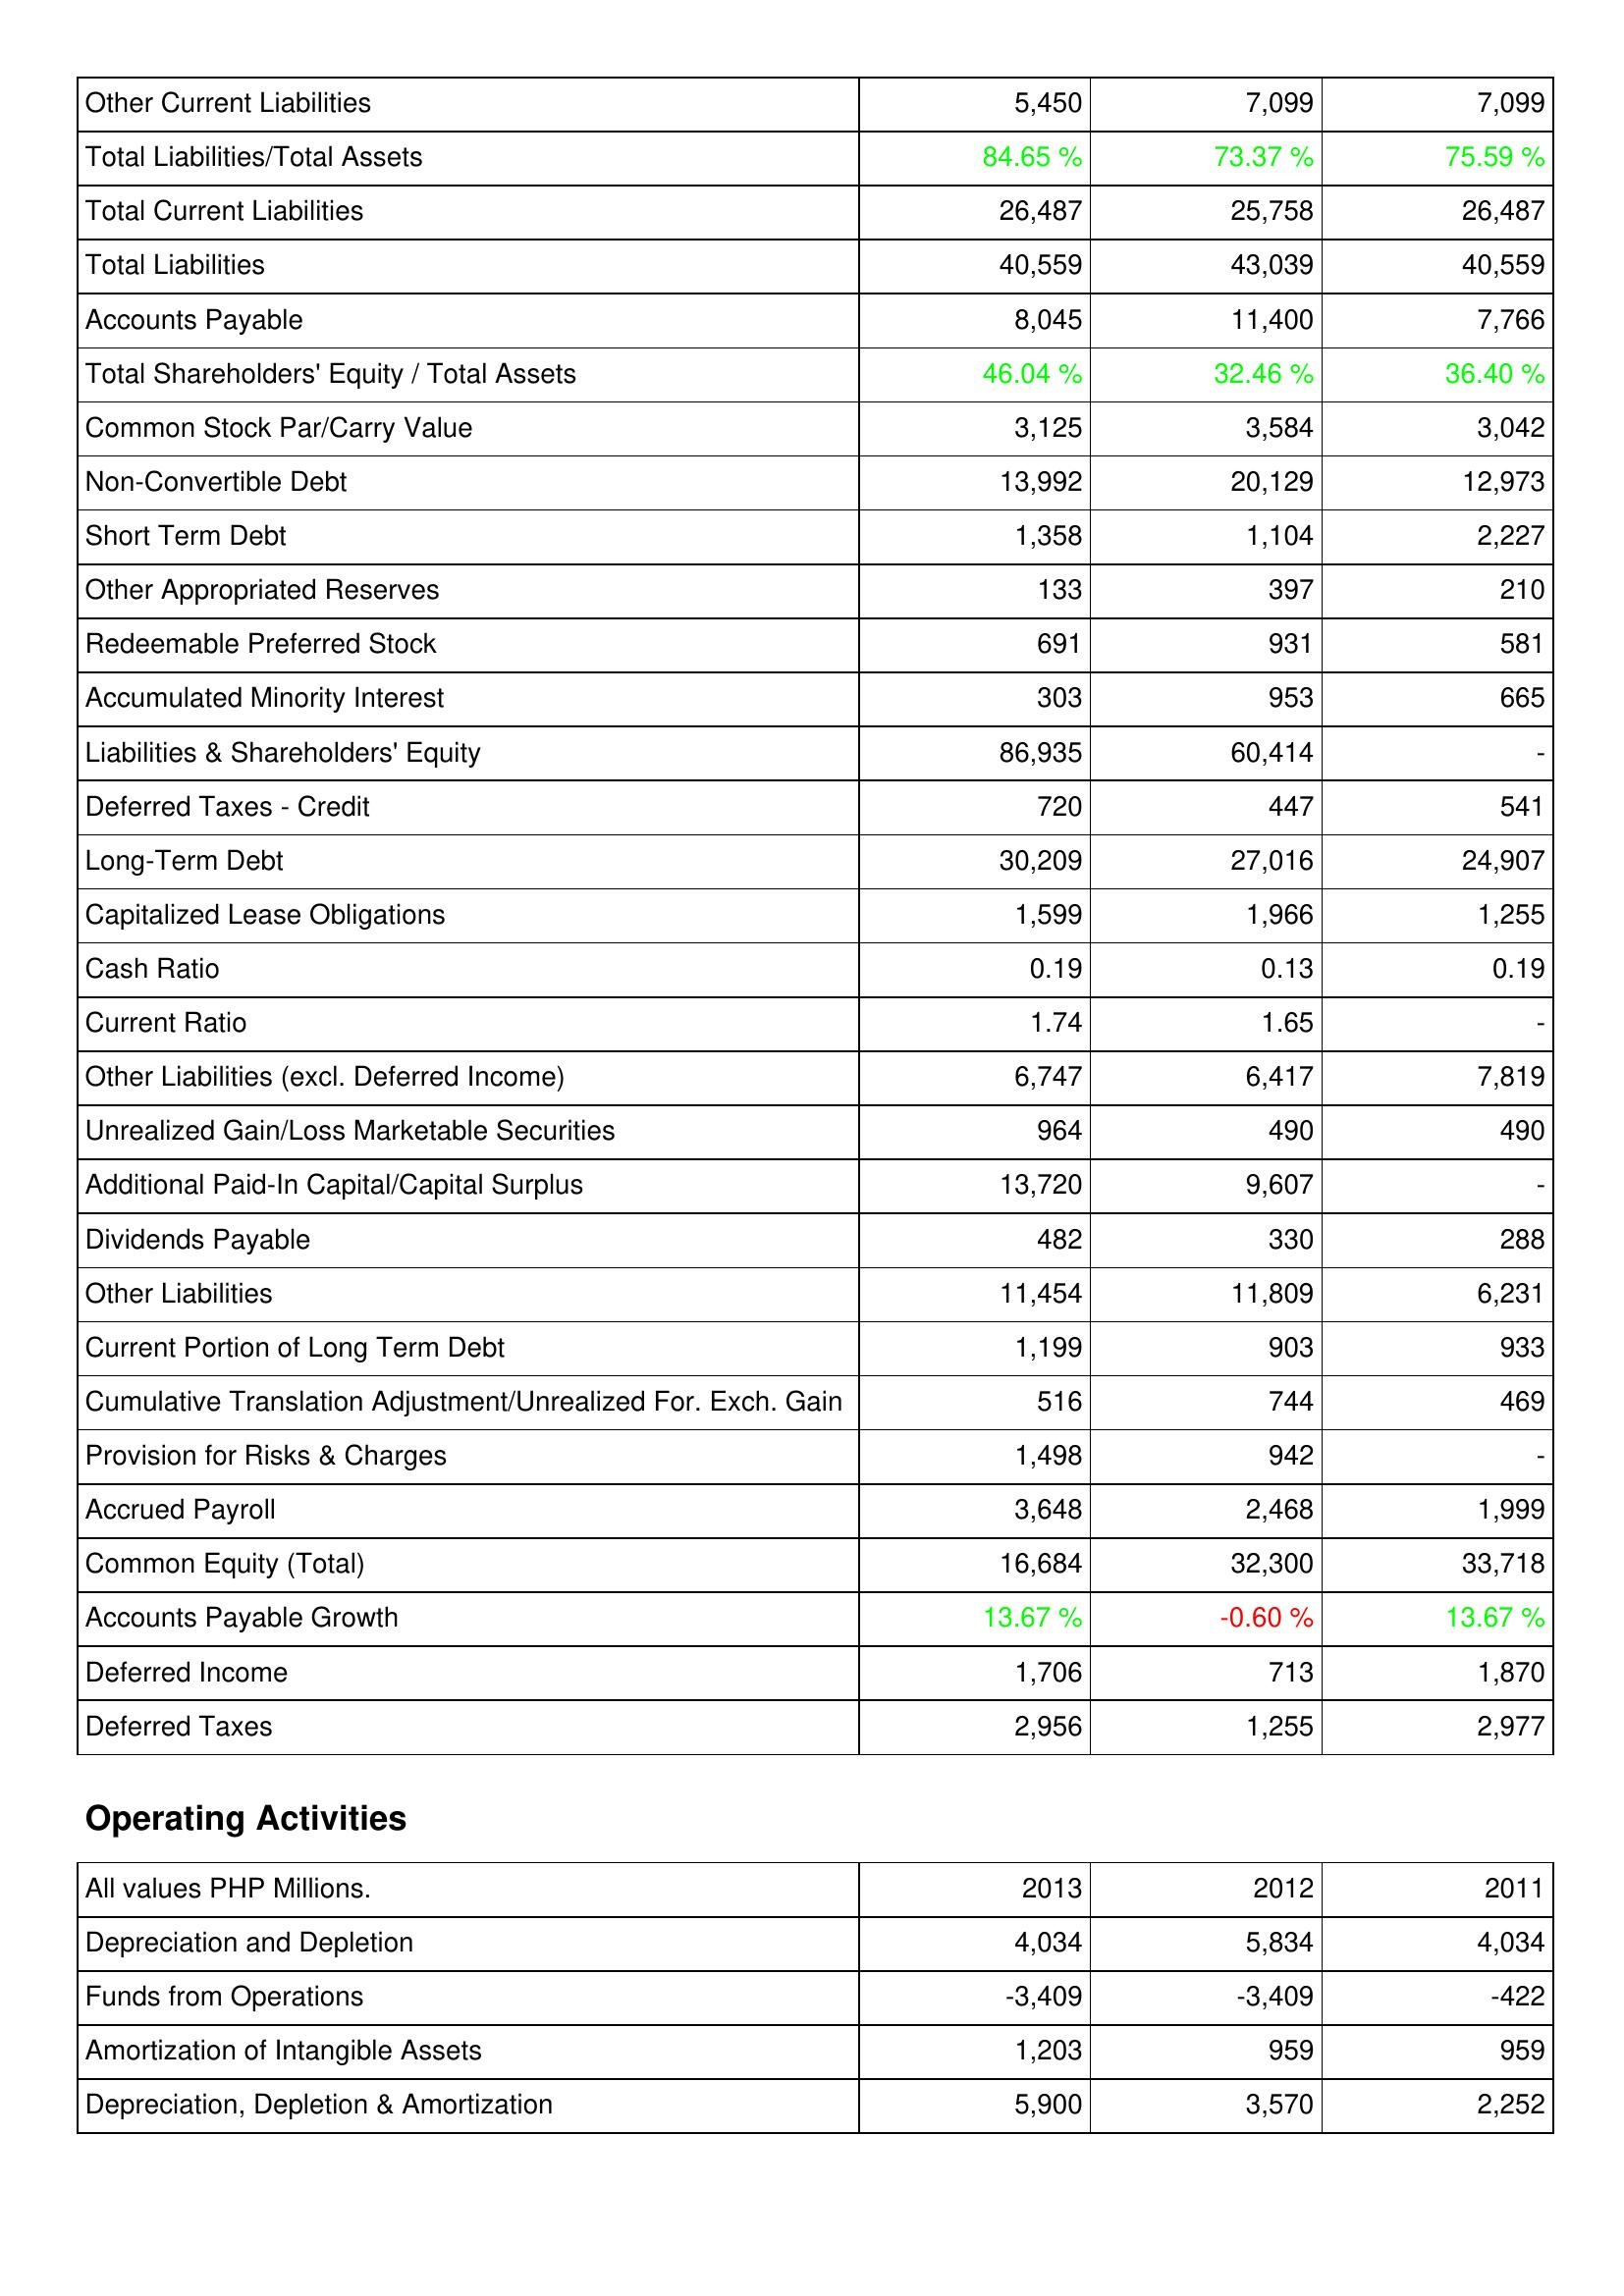
2013: Liabilities & Shareholders' Equity: Other Current Liabilities: 5,450
Total Liabilities/Total Assets: 84.65 %
Total Current Liabilities: 26,487
Total Liabilities: 40,559
Accounts Payable: 8,045
Total Shareholders' Equity / Total Assets: 46.04 %
Common Stock Par/Carry Value: 3,125
Non-Convertible Debt: 13,992
Short Term Debt: 1,358
Other Appropriated Reserves: 133
Redeemable Preferred Stock: 691
Accumulated Minority Interest: 303
Liabilities & Shareholders' Equity: 86,935
Deferred Taxes - Credit: 720
Long-Term Debt: 30,209
Capitalized Lease Obligations: 1,599
Cash Ratio: 0.19
Current Ratio: 1.74
Other Liabilities (excl. Deferred Income): 6,747
Unrealized Gain/Loss Marketable Securities: 964
Additional Paid-In Capital/Capital Surplus: 13,720
Dividends Payable: 482
Other Liabilities: 11,454
Current Portion of Long Term Debt: 1,199
Cumulative Translation Adjustment/Unrealized For. Exch. Gain: 516
Provision for Risks & Charges: 1,498
Accrued Payroll: 3,648
Common Equity (Total): 16,684
Accounts Payable Growth: 13.67 %
Deferred Income: 1,706
Deferred Taxes: 2,956
Operating Activities: Depreciation and Depletion: 4,034
Funds from Operations: -3,409
Amortization of Intangible Assets: 1,203
Depreciation, Depletion & Amortization: 5,900
2012: Liabilities & Shareholders' Equity: Other Current Liabilities: 7,099
Total Liabilities/Total Assets: 73.37 %
Total Current Liabilities: 25,758
Total Liabilities: 43,039
Accounts Payable: 11,400
Total Shareholders' Equity / Total Assets: 32.46 %
Common Stock Par/Carry Value: 3,584
Non-Convertible Debt: 20,129
Short Term Debt: 1,104
Other Appropriated Reserves: 397
Redeemable Preferred Stock: 931
Accumulated Minority Interest: 953
Liabilities & Shareholders' Equity: 60,414
Deferred Taxes - Credit: 447
Long-Term Debt: 27,016
Capitalized Lease Obligations: 1,966
Cash Ratio: 0.13
Current Ratio: 1.65
Other Liabilities (excl. Deferred Income): 6,417
Unrealized Gain/Loss Marketable Securities: 490
Additional Paid-In Capital/Capital Surplus: 9,607
Dividends Payable: 330
Other Liabilities: 11,809
Current Portion of Long Term Debt: 903
Cumulative Translation Adjustment/Unrealized For. Exch. Gain: 744
Provision for Risks & Charges: 942
Accrued Payroll: 2,468
Common Equity (Total): 32,300
Accounts Payable Growth: -0.60 %
Deferred Income: 713
Deferred Taxes: 1,255
Operating Activities: Depreciation and Depletion: 5,834
Funds from Operations: -3,409
Amortization of Intangible Assets: 959
Depreciation, Depletion & Amortization: 3,570
2011: Liabilities & Shareholders' Equity: Other Current Liabilities: 7,099
Total Liabilities/Total Assets: 75.59 %
Total Current Liabilities: 26,487
Total Liabilities: 40,559
Accounts Payable: 7,766
Total Shareholders' Equity / Total Assets: 36.40 %
Common Stock Par/Carry Value: 3,042
Non-Convertible Debt: 12,973
Short Term Debt: 2,227
Other Appropriated Reserves: 210
Redeemable Preferred Stock: 581
Accumulated Minority Interest: 665
Liabilities & Shareholders' Equity: -
Deferred Taxes - Credit: 541
Long-Term Debt: 24,907
Capitalized Lease Obligations: 1,255
Cash Ratio: 0.19
Current Ratio: -
Other Liabilities (excl. Deferred Income): 7,819
Unrealized Gain/Loss Marketable Securities: 490
Additional Paid-In Capital/Capital Surplus: -
Dividends Payable: 288
Other Liabilities: 6,231
Current Portion of Long Term Debt: 933
Cumulative Translation Adjustment/Unrealized For. Exch. Gain: 469
Provision for Risks & Charges: -
Accrued Payroll: 1,999
Common Equity (Total): 33,718
Accounts Payable Growth: 13.67 %
Deferred Income: 1,870
Deferred Taxes: 2,977
Operating Activities: Depreciation and Depletion: 4,034
Funds from Operations: -422
Amortization of Intangible Assets: 959
Depreciation, Depletion & Amortization: 2,252